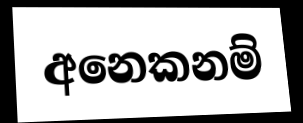
අනෙකනම්